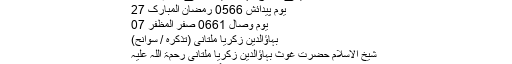
2015-10-31 ضیائے مشائخِ سہروردیہ علمائے اسلام 3878
یوم پیدائش 0566 رمضان المبارک 27
یوم وصال 0661 صفر المظفر 07
بہاؤالدین زکریا ملتانی (تذکرہ / سوانح)
شیخُ الاسلام حضرت غوث بہاؤالدین زکریا ملتانی رحمۃ اللہ علیہ
نام ونسب:اسمِ گرامی: بہاؤالدین زکریا۔